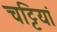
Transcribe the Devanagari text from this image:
चट्टियां